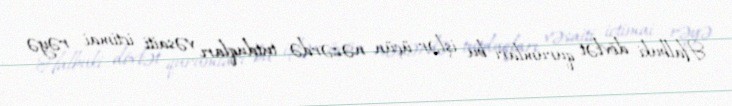
Halbuki dövlət qurumları bu işlər üçün nəzərdə tutduqları vəsaiti ictimai rəyə